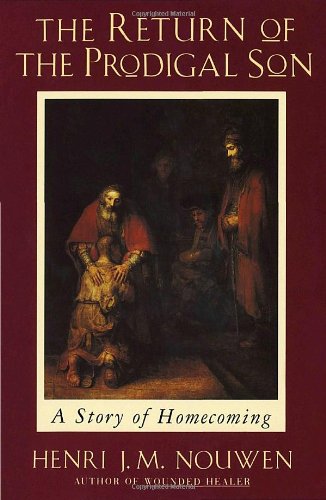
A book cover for The Return of the Prodigal Son: A Story of Homecoming; Henri J. M. Nouwen; Christian Books & Bibles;